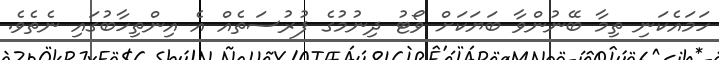
ހަމައެކަނި ތިމާ ބޭނުންވާ ބަޔަކަށް ވޯޓު ދިނުމުގެ ފުރުސަތެއް އެ އިންތިހާބުގައި ނެތެވެ.